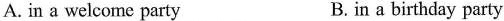
A. in a welcome party B. in a birthday party